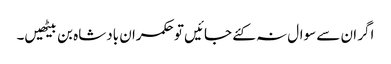
اگر ان سے سوال نہ کئے جائیں تو حکمران بادشاہ بن بیٹھیں۔